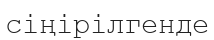
сіңірілгенде